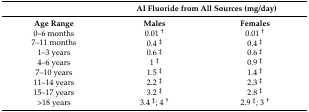
|  | <COLSPAN=2> AI Fluoride from All Sources (mg/day) |
 | --- | --- | --- |
 | Age Range | Males | Females |
 | 0–6 months | 0.01 † | 0.01 † |
 | 7–11 months | 0.4 ‡ | 0.4 ‡ |
 | 1–3 years | 0.6 ‡ | 0.6 ‡ |
 | 4–6 years | 1 ‡ | 0.9 ‡ |
 | 7–10 years | 1.5 ‡ | 1.4 ‡ |
 | 11–14 years | 2.2 ‡ | 2.3 ‡ |
 | 15–17 years | 3.2 ‡ | 2.8 ‡ |
 | >18 years | 3.4 ‡; 4 † | 2.9 ‡; 3 † |